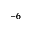
^ { - 6 }